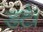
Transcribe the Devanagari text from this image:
डटे।